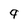
Character: 9